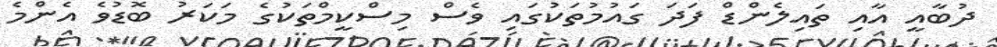
ދުބާއީ އާއި ތައިލެންޑް ފަދަ ގައުމުތަކުގައި ވެސް މިސްކީމްތަކުގެ މަކަރު ބޮޑުވެ އެންމެ